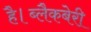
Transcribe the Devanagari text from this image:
है।ब्लैकबेरी